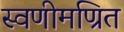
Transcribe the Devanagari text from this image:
स्वणीमण्रित